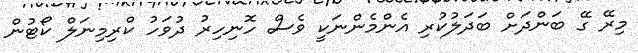
މިރޭ ގޭ ބަންދަށް ބަދަލުކުރި އެންމެންނަކީ ވެސް ހޮނިހިރު ދުވަހު ކްރިމިނަލް ކޯޓުން